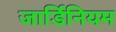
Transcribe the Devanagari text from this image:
जार्डिनियम